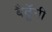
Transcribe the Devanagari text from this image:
बैठॅूगी